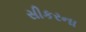
સીકરના